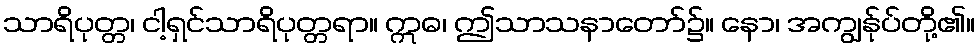
သာရိပုတ္တ၊ ငါ့ရှင်သာရိပုတ္တရာ။ ဣဓ၊ ဤသာသနာတော်၌။ နော၊ အကျွန်ုပ်တို့၏။